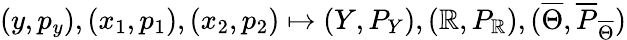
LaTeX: (y,p_{y}),(x_{1},p_{1}),(x_{2},p_{2})\mapsto(Y,P_{Y}),(\mathbb{R},P_{\mathbb{R}}),(\overline{{{{\Theta}}}},\overline{{{{P}}}}_{\overline{{{{\Theta}}}}})